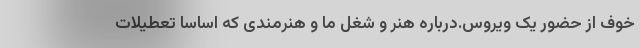
خوف از حضور یک ویروس.درباره هنر و شغل ما و هنرمندی که اساساً تعطیلات